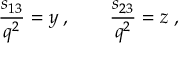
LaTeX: \frac { s _ { 1 3 } } { q ^ { 2 } } = y \; , \quad \quad \frac { s _ { 2 3 } } { q ^ { 2 } } = z \; ,